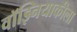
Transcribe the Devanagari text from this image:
वॉझ्नियाकीला